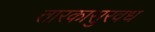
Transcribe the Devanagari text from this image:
तारकासुरवध